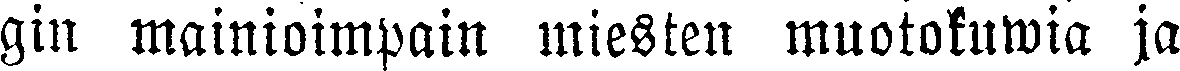
gin mainioimpain miesten muotokuwia ja